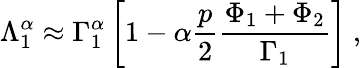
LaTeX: \Lambda_{1}^{\alpha}\approx\Gamma_{1}^{\alpha}\left[1-\alpha\frac{p}{2}\frac{\Phi_{1}+\Phi_{2}}{\Gamma_{1}}\right]\ ,